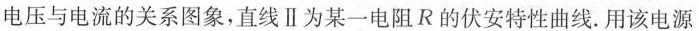
电压与电流的关系图象，直线Ⅱ为某一电阻R的伏安特性曲线。用该电源